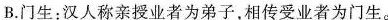
B.门生:汉人称亲授业者为弟子,相传受业者为门生。